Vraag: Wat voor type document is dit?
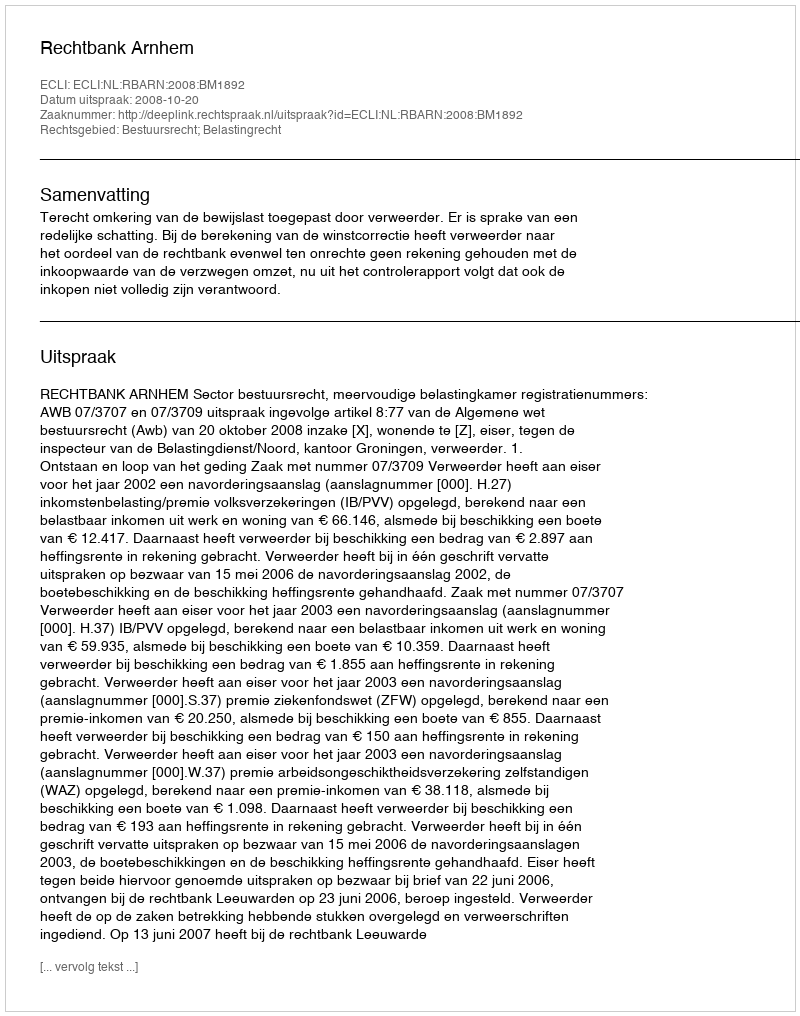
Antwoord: Uitspraak